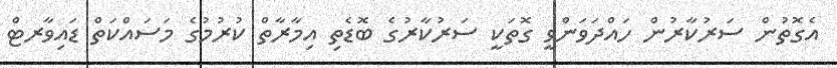
އެގޮތުން ސަރުކާރުން ހައްދަވަންވީ ގޮތަކީ ސަރުކާރުގެ ބޮޑެތި އިމާރާތް ކުރުމުގެ މަސައްކަތް ޑައިވާރޓް